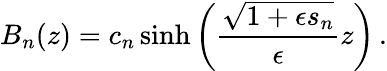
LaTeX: B_{n}(z)=c_{n}\sinh\left(\frac{\sqrt{1+\epsilon s_{n}}}{\epsilon}z\right)\, .